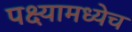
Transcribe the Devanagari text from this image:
पक्ष्यामध्येच